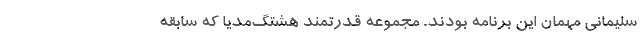
سلیمانی مهمان این برنامه بودند. مجموعه قدرتمند هشتگ‌مدیا که سابقه